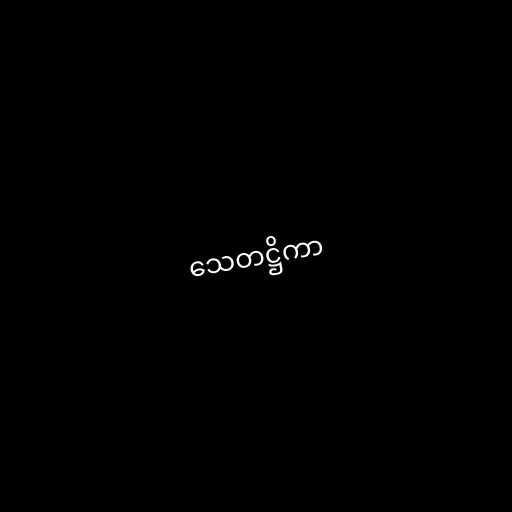
သေတဋ္ဌိကာ